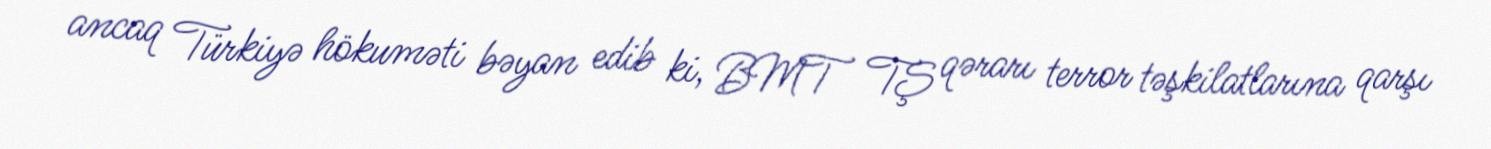
ancaq Türkiyə hökuməti bəyan edib ki, BMT TŞ qərarı terror təşkilatlarına qarşı